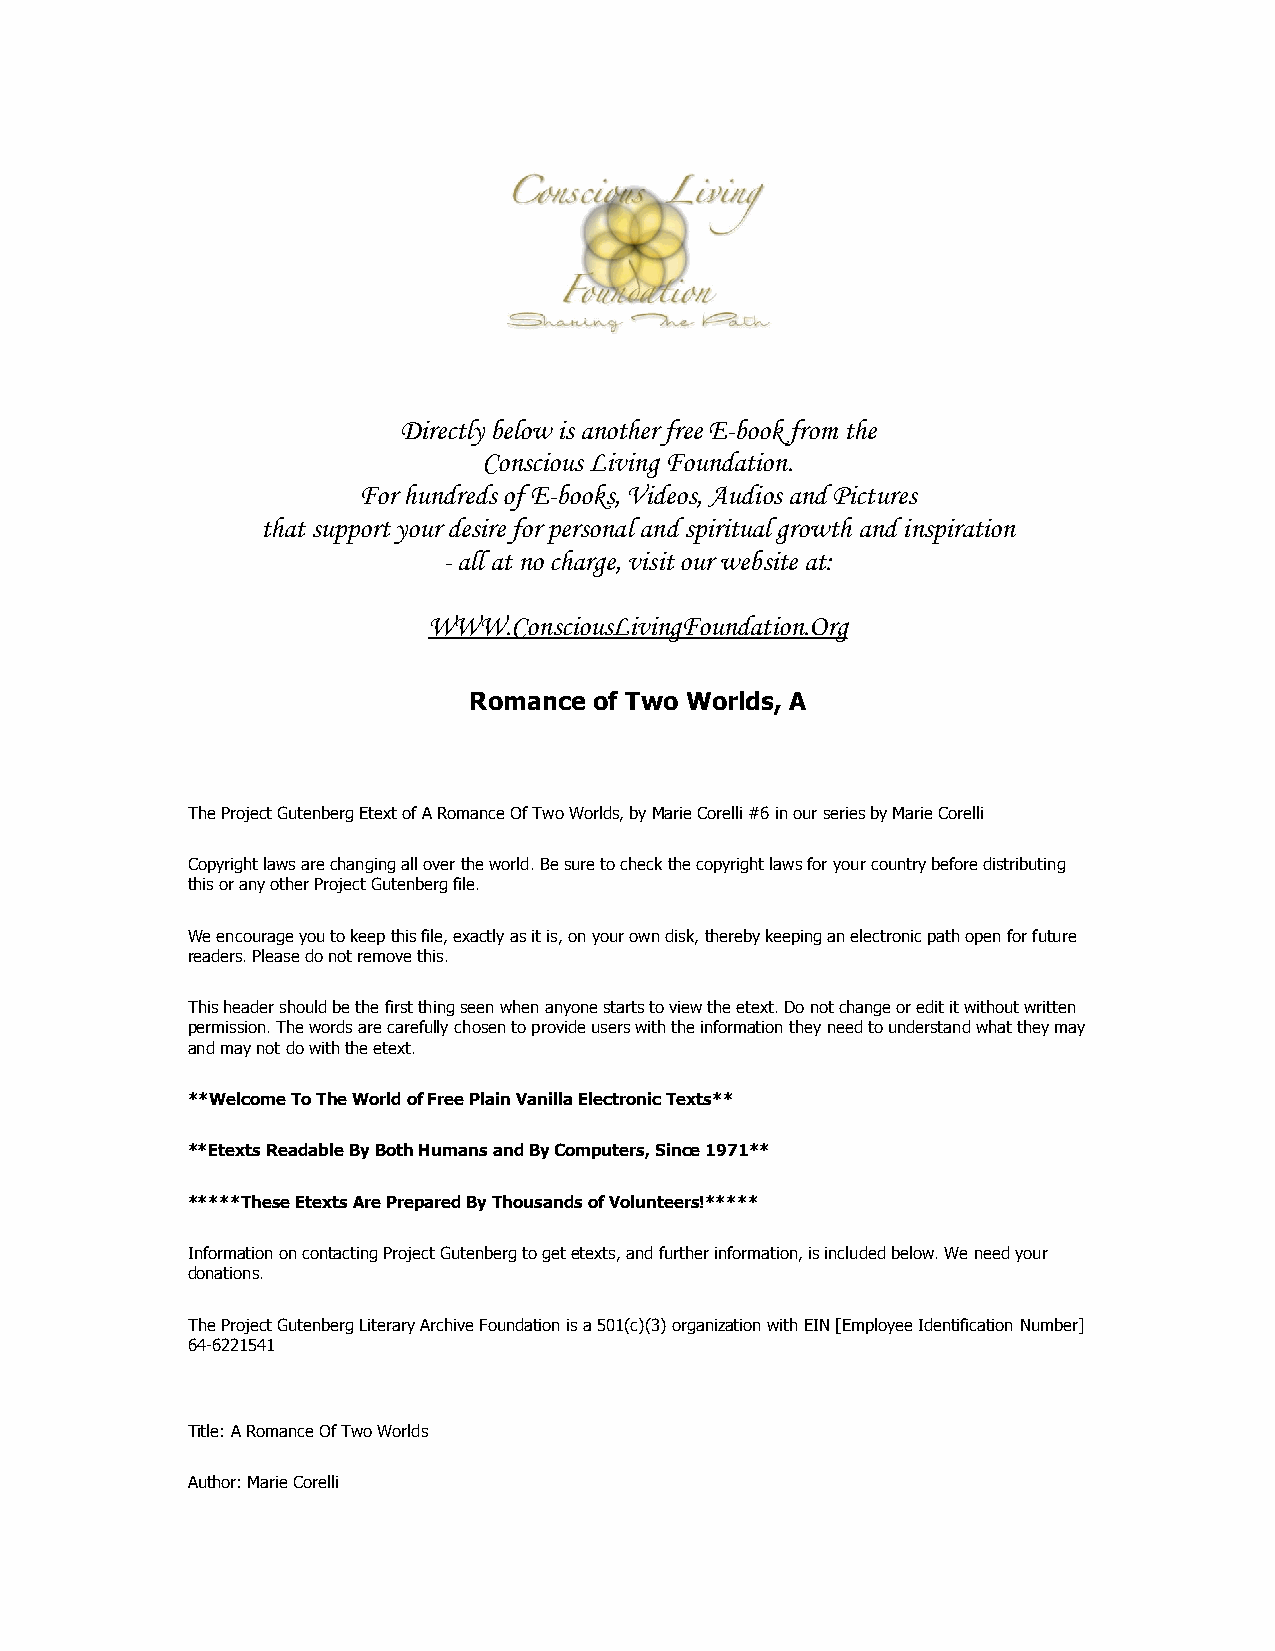
Directly below is another free E-book from the
 Conscious Living Foundation.
 For hundreds of E-books, Videos, Audios and Pictures
 that support your desire for personal and spiritual growth and inspiration
 - all at no charge, visit our website at:
 WWW.ConsciousLivingFoundation.Org
 Romance of Two Worlds, A
 The Project Gutenberg Etext of A Romance Of Two Worlds, by Marie Corelli #6 in our series by Marie Corelli
 Copyright laws are changing all over the world. Be sure to check the copyright laws for your country before distributing
 this or any other Project Gutenberg file.
 We encourage you to keep this file, exactly as it is, on your own disk, thereby keeping an electronic path open for future
 readers. Please do not remove this.
 This header should be the first thing seen when anyone starts to view the etext. Do not change or edit it without written
 permission. The words are carefully chosen to provide users with the information they need to understand what they may
 and may not do with the etext.
 **Welcome To The World of Free Plain Vanilla Electronic Texts**
 **Etexts Readable By Both Humans and By Computers, Since 1971**
 *****These Etexts Are Prepared By Thousands of Volunteers!*****
 Information on contacting Project Gutenberg to get etexts, and further information, is included below. We need your
 donations.
 The Project Gutenberg Literary Archive Foundation is a 501(c)(3) organization with EIN [Employee Identification Number]
 64-6221541
 Title: A Romance Of Two Worlds
 Author: Marie Corelli